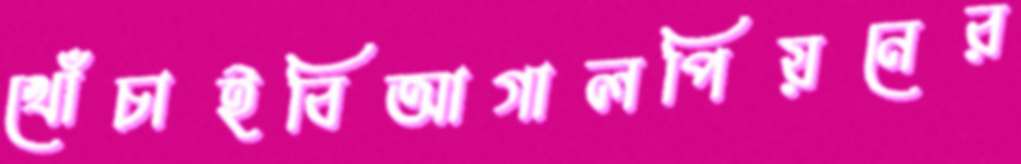
খোঁচাইবিআগালপিয়নের